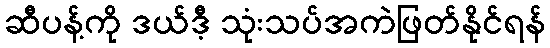
ဆီပန့်ကို ဒယ်ဒီ့ သုံးသပ်အကဲဖြတ်နိုင်ရန်